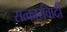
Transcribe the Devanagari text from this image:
सत्कार्यवादी